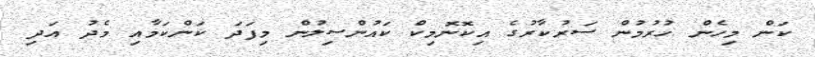
ކަން މިހެން ހުރުމުން ސަރުކާރުގެ އިކޮނޮމިކް ކައުންސިލުން މިފަދަ ކަންކަމާއި މެދު އަދި